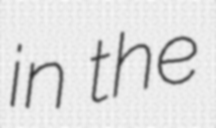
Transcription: in the